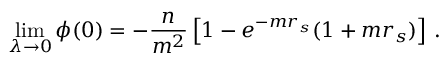
\operatorname* { l i m } _ { \lambda \to 0 } \phi ( 0 ) = - \frac n { m ^ { 2 } } \left[ 1 - e ^ { - m r _ { s } } ( 1 + m r _ { s } ) \right] \, .